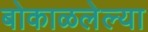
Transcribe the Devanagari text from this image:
बोकाळलेल्या